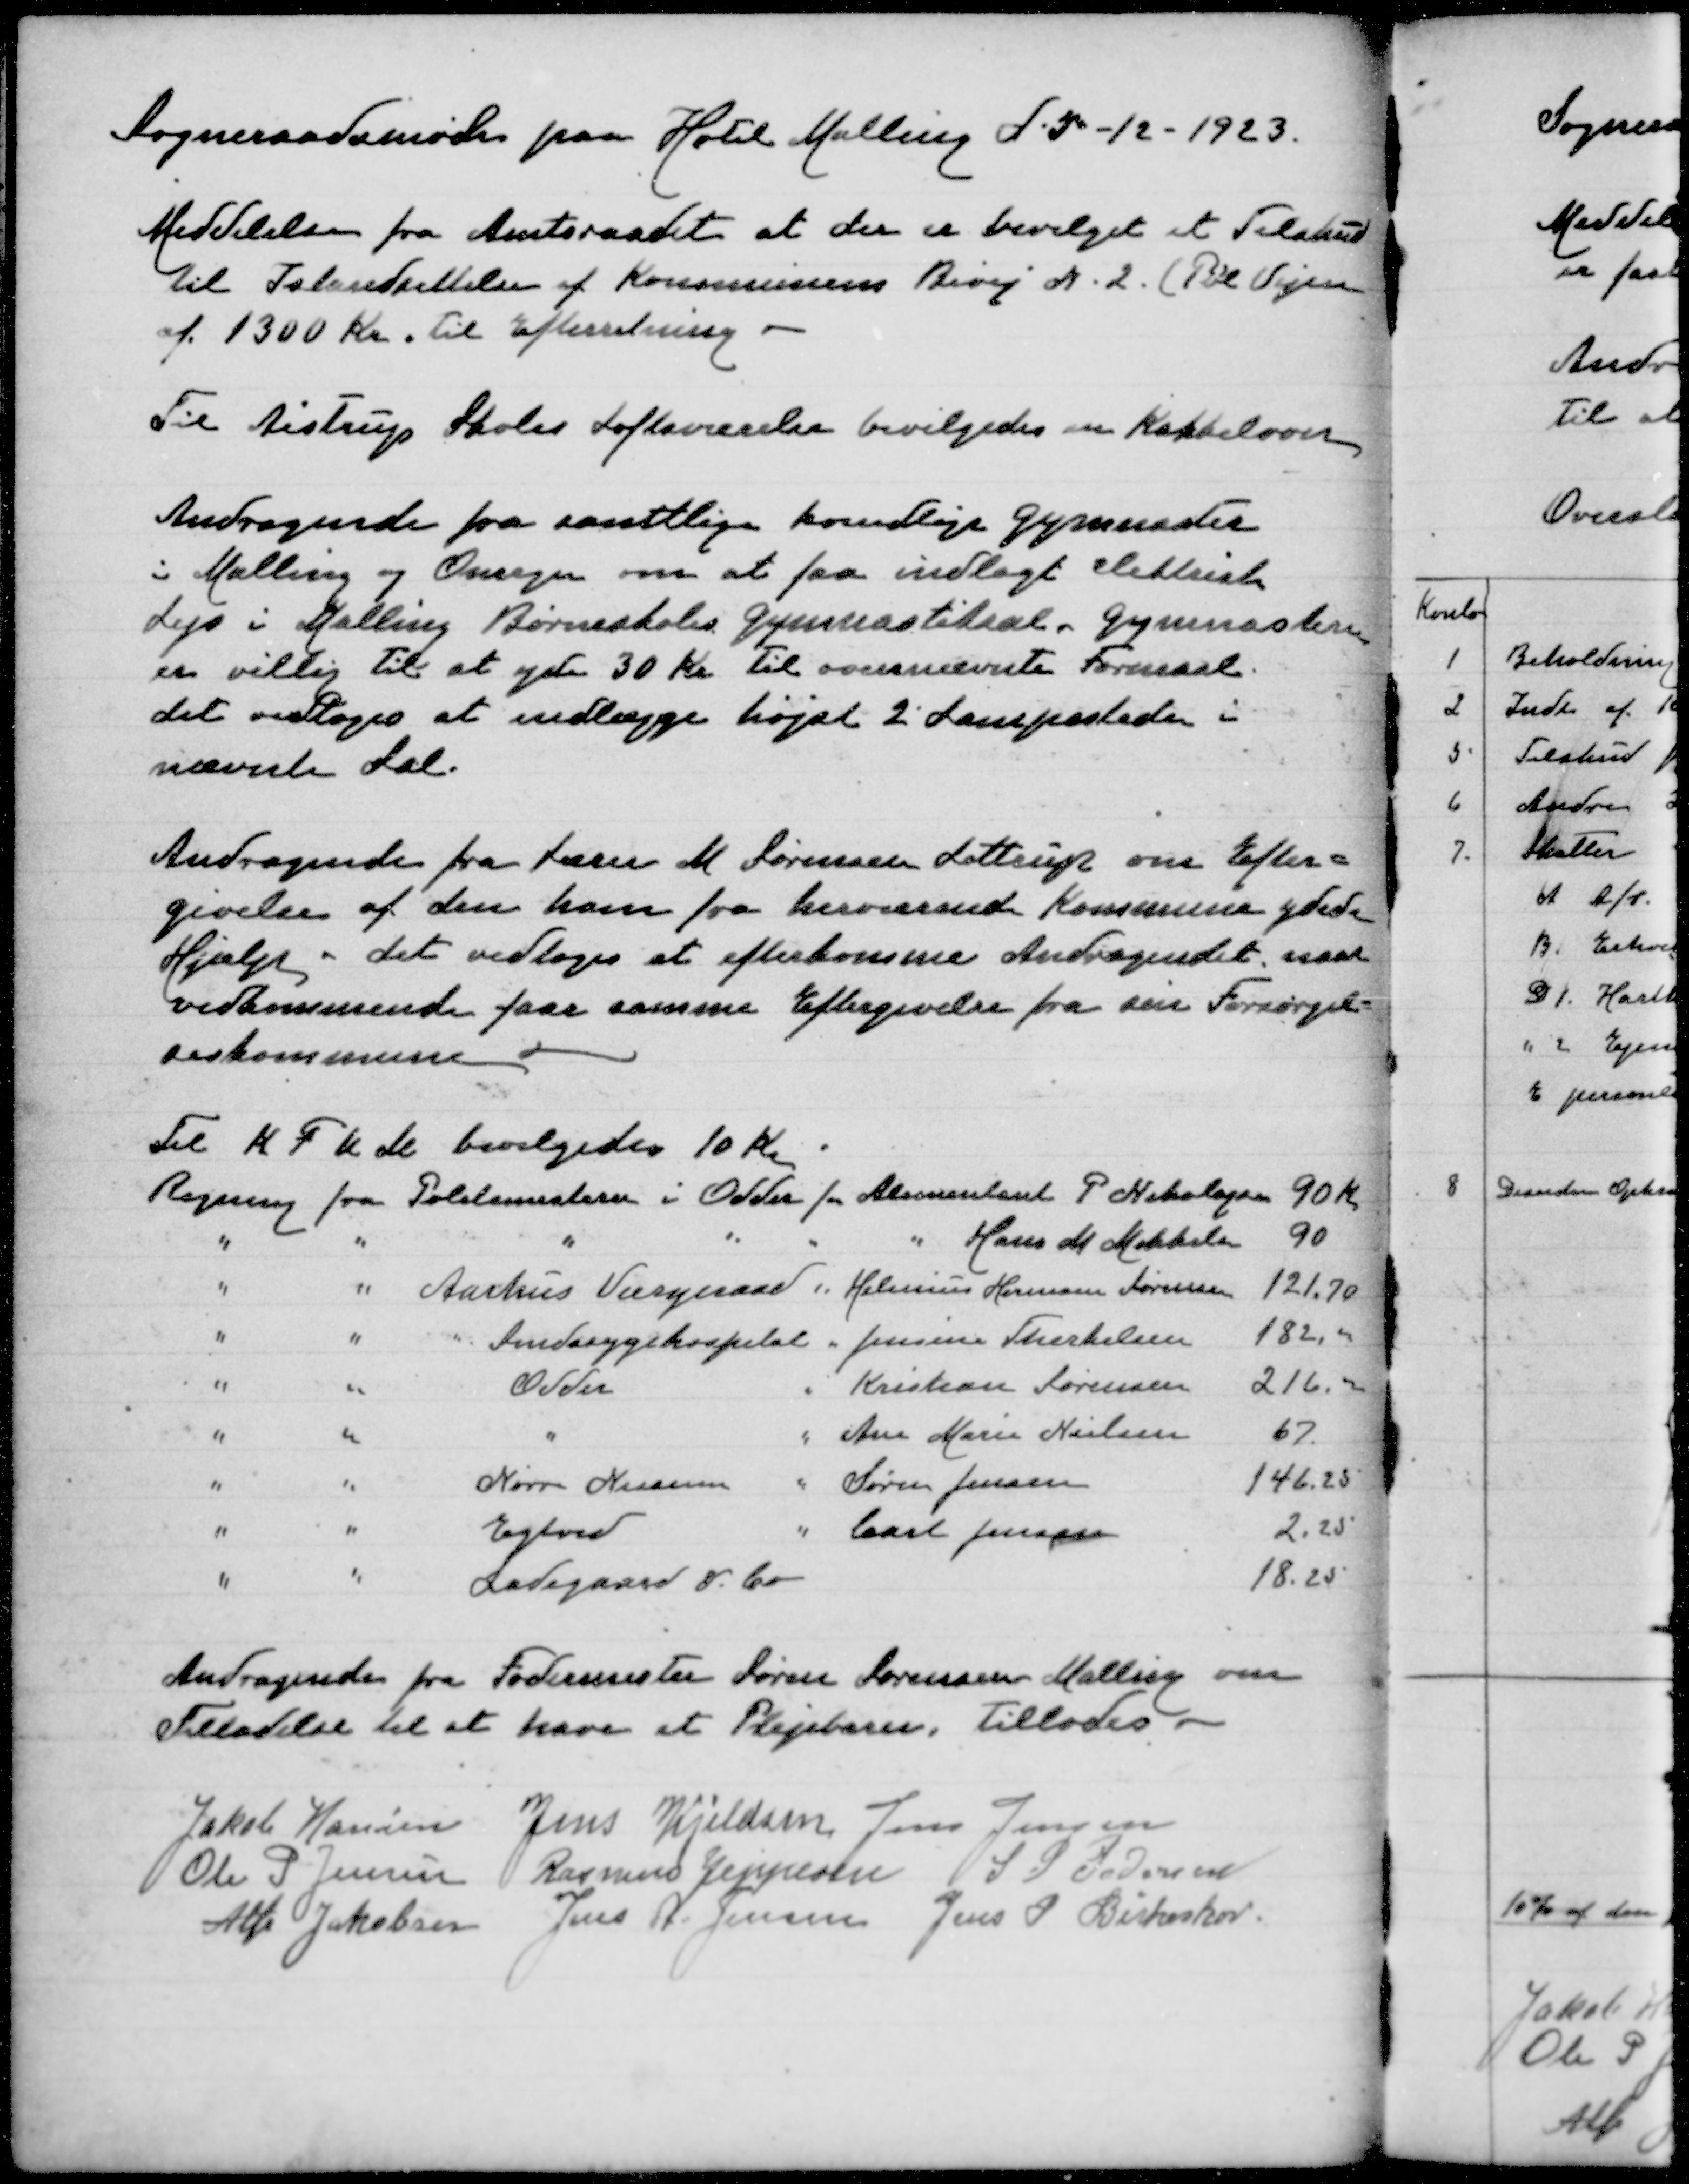
Transskription:
Sogneraadsmøde paa Hotel Malling d 5-12-1923
Meddelelse fra Amtsraadet at der er bevilget et Tilskud
til Istandsættelse af Kommunens Bivej N 2 ( Pøl Vejen
af 1300 Kr. Til Efterretning
Til Aistrup Skoles Loftsværelse bevilgedes en Kakkelovn

Andragende fra samtlige kvindlige Gymnaster
i Malling og Omegn om at faa indlagt elektrisk
Lys i Malling Børneskoles Gymnastiksal. Gymnesterne
er villig til at yde 30 Kr til ovennævnte Formaal
det vedtoges at indlægge højst 2 Lampesteder i
nævnte Sal

Andragende fra Lærer M sørensen Lottrup om Efter=
givelse af den ham fra herværende Kommune ydede
Hjælp - det vedtoges at efterkomme Andragendet, naar
vedkommende faar samme Eftergivelse fra sin Forsørgel=
seskommune

Til K F U M bevilgedes 10 Kr
Regning fra Politimesteren i Odder for Alimentant P Nikolajsen
90 Kr
" " " " " " Hans M Mikkelsen
90
" " Aarhus Værgeraad " Helenius Herman Sørensen
121,70
" " " Sindssygehospital " Jensine Therkelsen
182,00
" " Odder " Kristian Sørensen
216,00
" " " " Ane Marie Nielsen
67
" " Nørre Nissum " Søren Jensen
146,25
" " Egtved " Carl Jensen
2,25
" " Ladegaard & Co
18,25

Andragende fra Fodermester Søren Sørensen Malling om
Tilladelse til at have et Plejebarn, tillodes

Jakob Hansen
Jens Kjeldsen
Jens Jensen
Ole P Jensen
Rasmus Jeppesen
S P Pedersen
Alfr Jakobsen
Jens A Jensen
Jens P Birkeskov